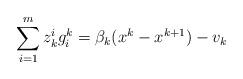
LaTeX: \begin{align*}\sum\limits_{i=1}^{m}z_k^i g_i^k = \beta_k(x^k - x^{k+1}) - v_k\end{align*}